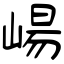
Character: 崵